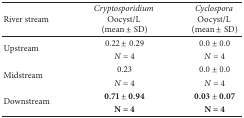
<table><thead><tr><td><b>River stream</b></td><td><b><i>Cryptosporidium</i> Oocyst/L (mean ± SD)</b></td><td><b><i>Cyclospora</i> Oocyst/L (mean ± SD)</b></td></tr></thead><tbody><tr><td rowspan="2">Upstream</td><td>0.22 ± 0.29</td><td>0.0 ± 0.0</td></tr><tr><td><i>N</i> = 4</td><td><i>N </i>= 4</td></tr><tr><td rowspan="2">Midstream</td><td> 0.23</td><td>0.0 ± 0.0</td></tr><tr><td><i>N</i> = 4</td><td><i>N </i>= 4</td></tr><tr><td rowspan="2">Downstream</td><td><b>0.71 ± 0.94</b></td><td><b>0.03 ± 0.07</b></td></tr><tr><td><b>N = 4</b></td><td><b>N = 4</b></td></tr></tbody></table>